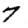
Digit: 7